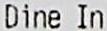
DINE IN